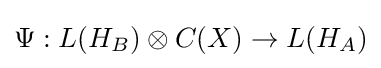
\Psi :L(H_{B})\otimes C(X)\rightarrow L(H_{A})